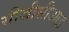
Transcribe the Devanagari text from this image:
सीजीसीआइ